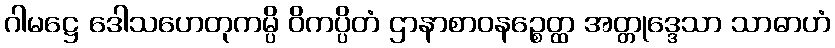
ဂါမဋ္ဌေ ဒေါသဟေတုကမ္ပိ ဝိကပ္ပိတံ ဌာနာစာဝနဉ္စေတ္ထ အတ္တုဒ္ဒေသာ သာဓာဟံ